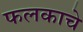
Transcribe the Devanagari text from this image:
फलकाचे